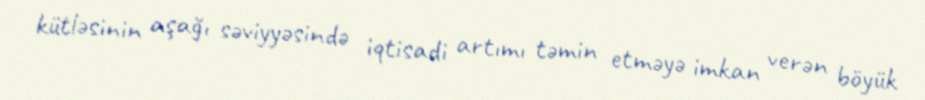
kütləsinin aşağı səviyyəsində iqtisadi artımı təmin etməyə imkan verən böyük